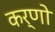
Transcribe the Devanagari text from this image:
कर्णो